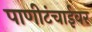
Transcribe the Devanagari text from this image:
पाणीटंचाईवर